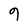
Character: 9